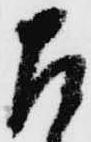
左